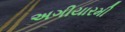
અગીયારમી